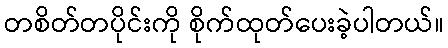
တစိတ်တပိုင်းကို စိုက်ထုတ်ပေးခဲ့ပါတယ်။